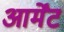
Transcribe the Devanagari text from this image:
आर्मेंट